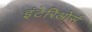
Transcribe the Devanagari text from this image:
इंटेरिओर्स